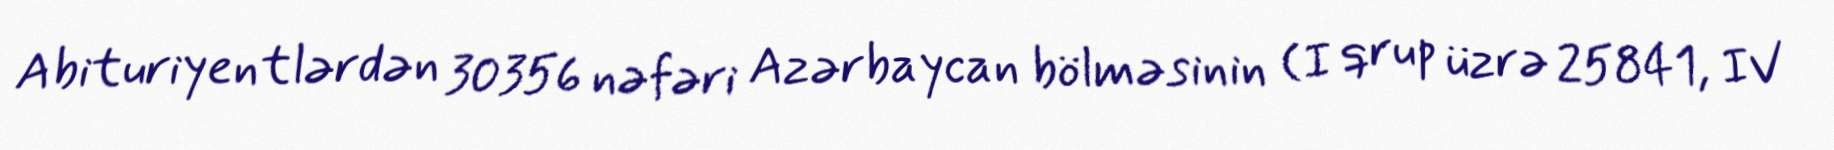
Abituriyentlərdən 30356 nəfəri Azərbaycan bölməsinin (I qrup üzrə 25841, IV